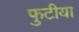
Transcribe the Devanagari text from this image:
फुटीया